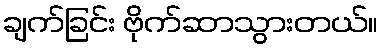
ချက်ခြင်း ဗိုက်ဆာသွားတယ်။